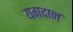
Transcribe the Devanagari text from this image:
यगदान